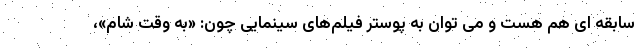
سابقه ای هم هست و می توان به پوستر فیلم‌های سینمایی چون: «به وقت شام»،